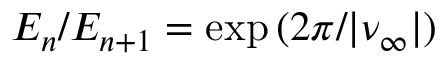
E _ { n } / E _ { n + 1 } = \exp { ( 2 \pi / \vert \nu _ { \infty } \vert ) }